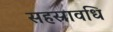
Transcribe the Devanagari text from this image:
सहस्रावधि